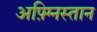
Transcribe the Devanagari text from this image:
अफ़्ग्निस्तान